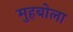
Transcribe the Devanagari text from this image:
मुहबोला